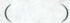
( )